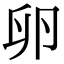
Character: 卵